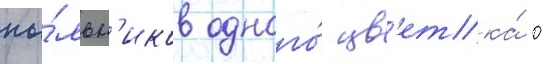
пы́льн'иков одного́ цв'етка́ 0